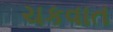
ચકવાત